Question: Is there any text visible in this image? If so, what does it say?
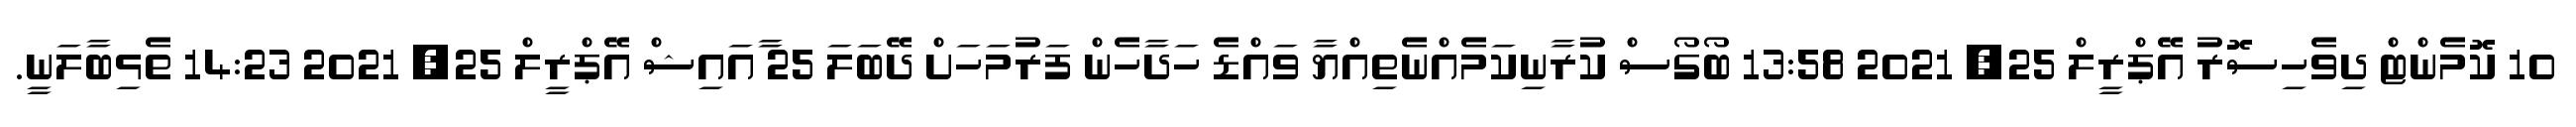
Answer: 10 ކޮމެންޓް ދިވެހިސޮރު އޭޕްރީލް 25, 2021 13:58 ބޯގޯސް ކުރާނިކަމެއްނެތިއްޔާ ވައްޑެ ހަދާހެން ފަރުމަހަށް ދޭބަލަ 25 ާއައިޝް އޭޕްރީލް 25, 2021 14:23 ތެޅިބާލަނީ.